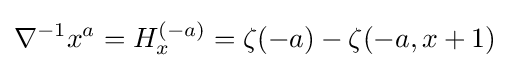
\nabla ^{-1}x^{a}={H_{x}^{(-a)}}=\zeta (-a)-\zeta (-a,x+1)